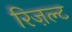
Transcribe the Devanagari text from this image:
रिज़ल्ट